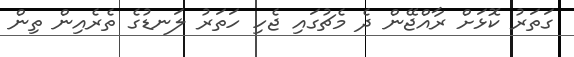
ގަތަރު ކޮޅަށް ރާއްޖޭން ދެ މެޗުގައި ޖެހި ހަތަރު ލަނޑުގެ ތެރެއިން ތިން